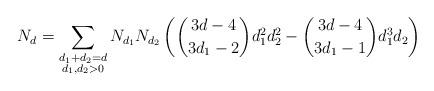
LaTeX: \begin{align*} N_d = \sum_{\substack{d_1+d_2=d \\ d_1, d_2>0}} N_{d_1} N_{d_2} \left( \binom{3d-4}{3d_1-2} d_1^2d_2^2 - \binom{3d-4}{3d_1-1}d_1^3 d_2 \right)\end{align*}